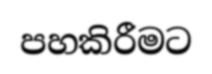
පහකිරීමට